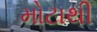
મોટાથી